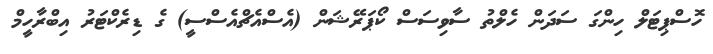
ހޮސްޕިޓަލް ހިންގަ ސަދަން ހެލްތު ސާވިސަސް ކޯޕަރޭޝަން (އެސްއެޗްއެސްސީ) ގެ ޑިރެކްޓަރު އިބްރާހީމް